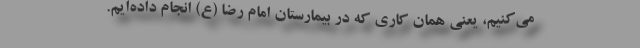
می‌کنیم، یعنی همان کاری که در بیمارستان امام رضا (ع) انجام داده‌ایم.